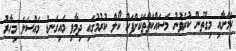
ކަމަށާއި މިގޮތުން ކުރެވުނު މަސައްކަތްތަކަށްފަހު ކޯލް ކުރުމުގައި ދިމާވި މައިގަނޑު މައްސަލަ މިހާރު